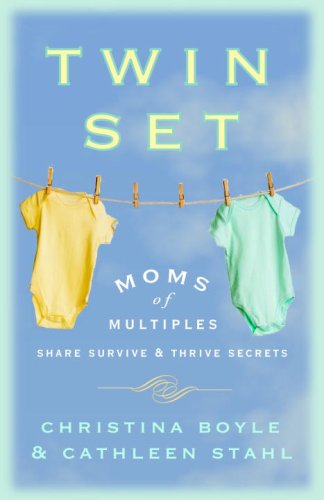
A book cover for Twin Set: Moms of Multiples Share Survive and Thrive Secrets; Christina Boyle; Parenting & Relationships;